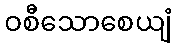
ဝစီသောစေယျံ